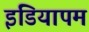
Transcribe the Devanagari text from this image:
इडियापम